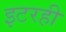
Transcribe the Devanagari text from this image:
इटरही